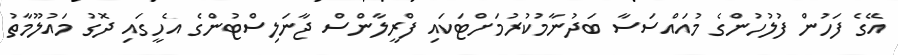
އޭގެ ފަހުން ފުލުހުންގެ މުއައްސަސާ ބަދުނާމުކުރުމަށްޓަކައި ފްރީލާންސް ޖާނަލިސްޓުންގެ އެހީގައި ދޮގު މައުލޫމާތު